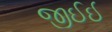
જીઈઈ